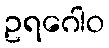
ဥရဂေါဝ